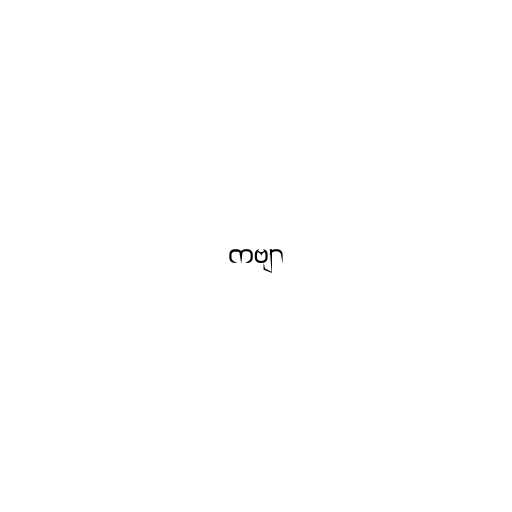
ကဗျာ